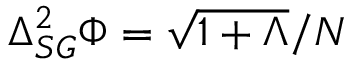
\Delta _ { S G } ^ { 2 } \Phi = \sqrt { 1 + \Lambda } / N